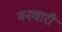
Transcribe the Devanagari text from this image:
वनचारी